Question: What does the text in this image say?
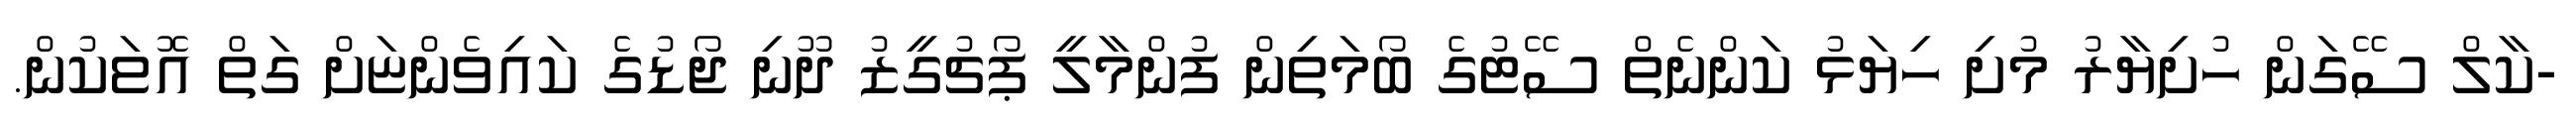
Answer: -ކާލް ސޭގަން ހުށިޔާރު މުށި ހިޔަޅު ކަންނެތް ސޭޓުގެ ބޯމަތިން ފުންމާލީ ޕޯޗުގީޒު ދޫނި ޖޯޑުގެ ކައިވެންޏަށް ގަތް އޮޱަކުން.